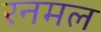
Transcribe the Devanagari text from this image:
रनमल